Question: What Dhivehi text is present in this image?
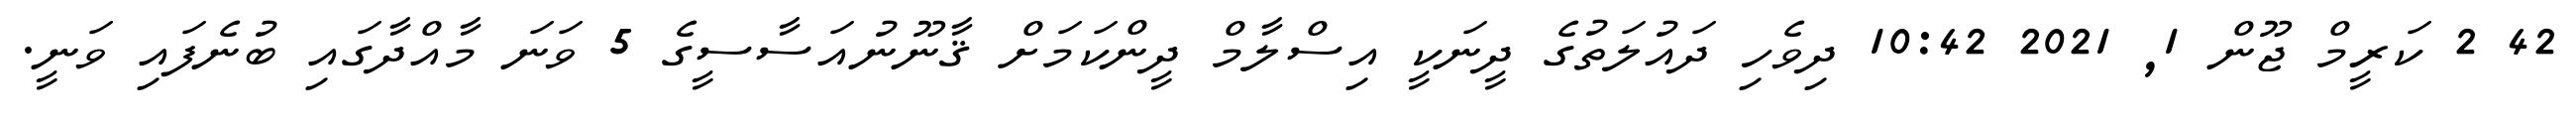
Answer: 42 2 ކަރީމް ޖޫން 1, 2021 10:42 ދިވެހި ދައުލަތުގެ ދީނަކީ އިސްލާމް ދީންކަމަށް ޤާނޫނުއަސާސީގެ 5 ވަނަ މާއްދާގައި ބުނެފައި ވަނީ.